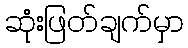
ဆုံးဖြတ်ချက်မှာ